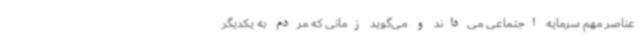
عناصر مهم سرمایه اجتماعی می‌داند و می‌گوید زمانی که مردم به یکدیگر